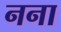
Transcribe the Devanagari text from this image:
नना